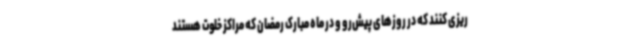
ریزی کنند که در روزهای پیش‌رو و در ماه مبارک رمضان که مراکز خلوت هستند